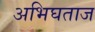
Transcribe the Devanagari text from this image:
अभिघताज